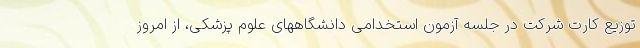
توزیع کارت شرکت در جلسه آزمون استخدامی دانشگاههای علوم پزشکی، از امروز